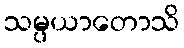
သမ္ပယာတောသိ